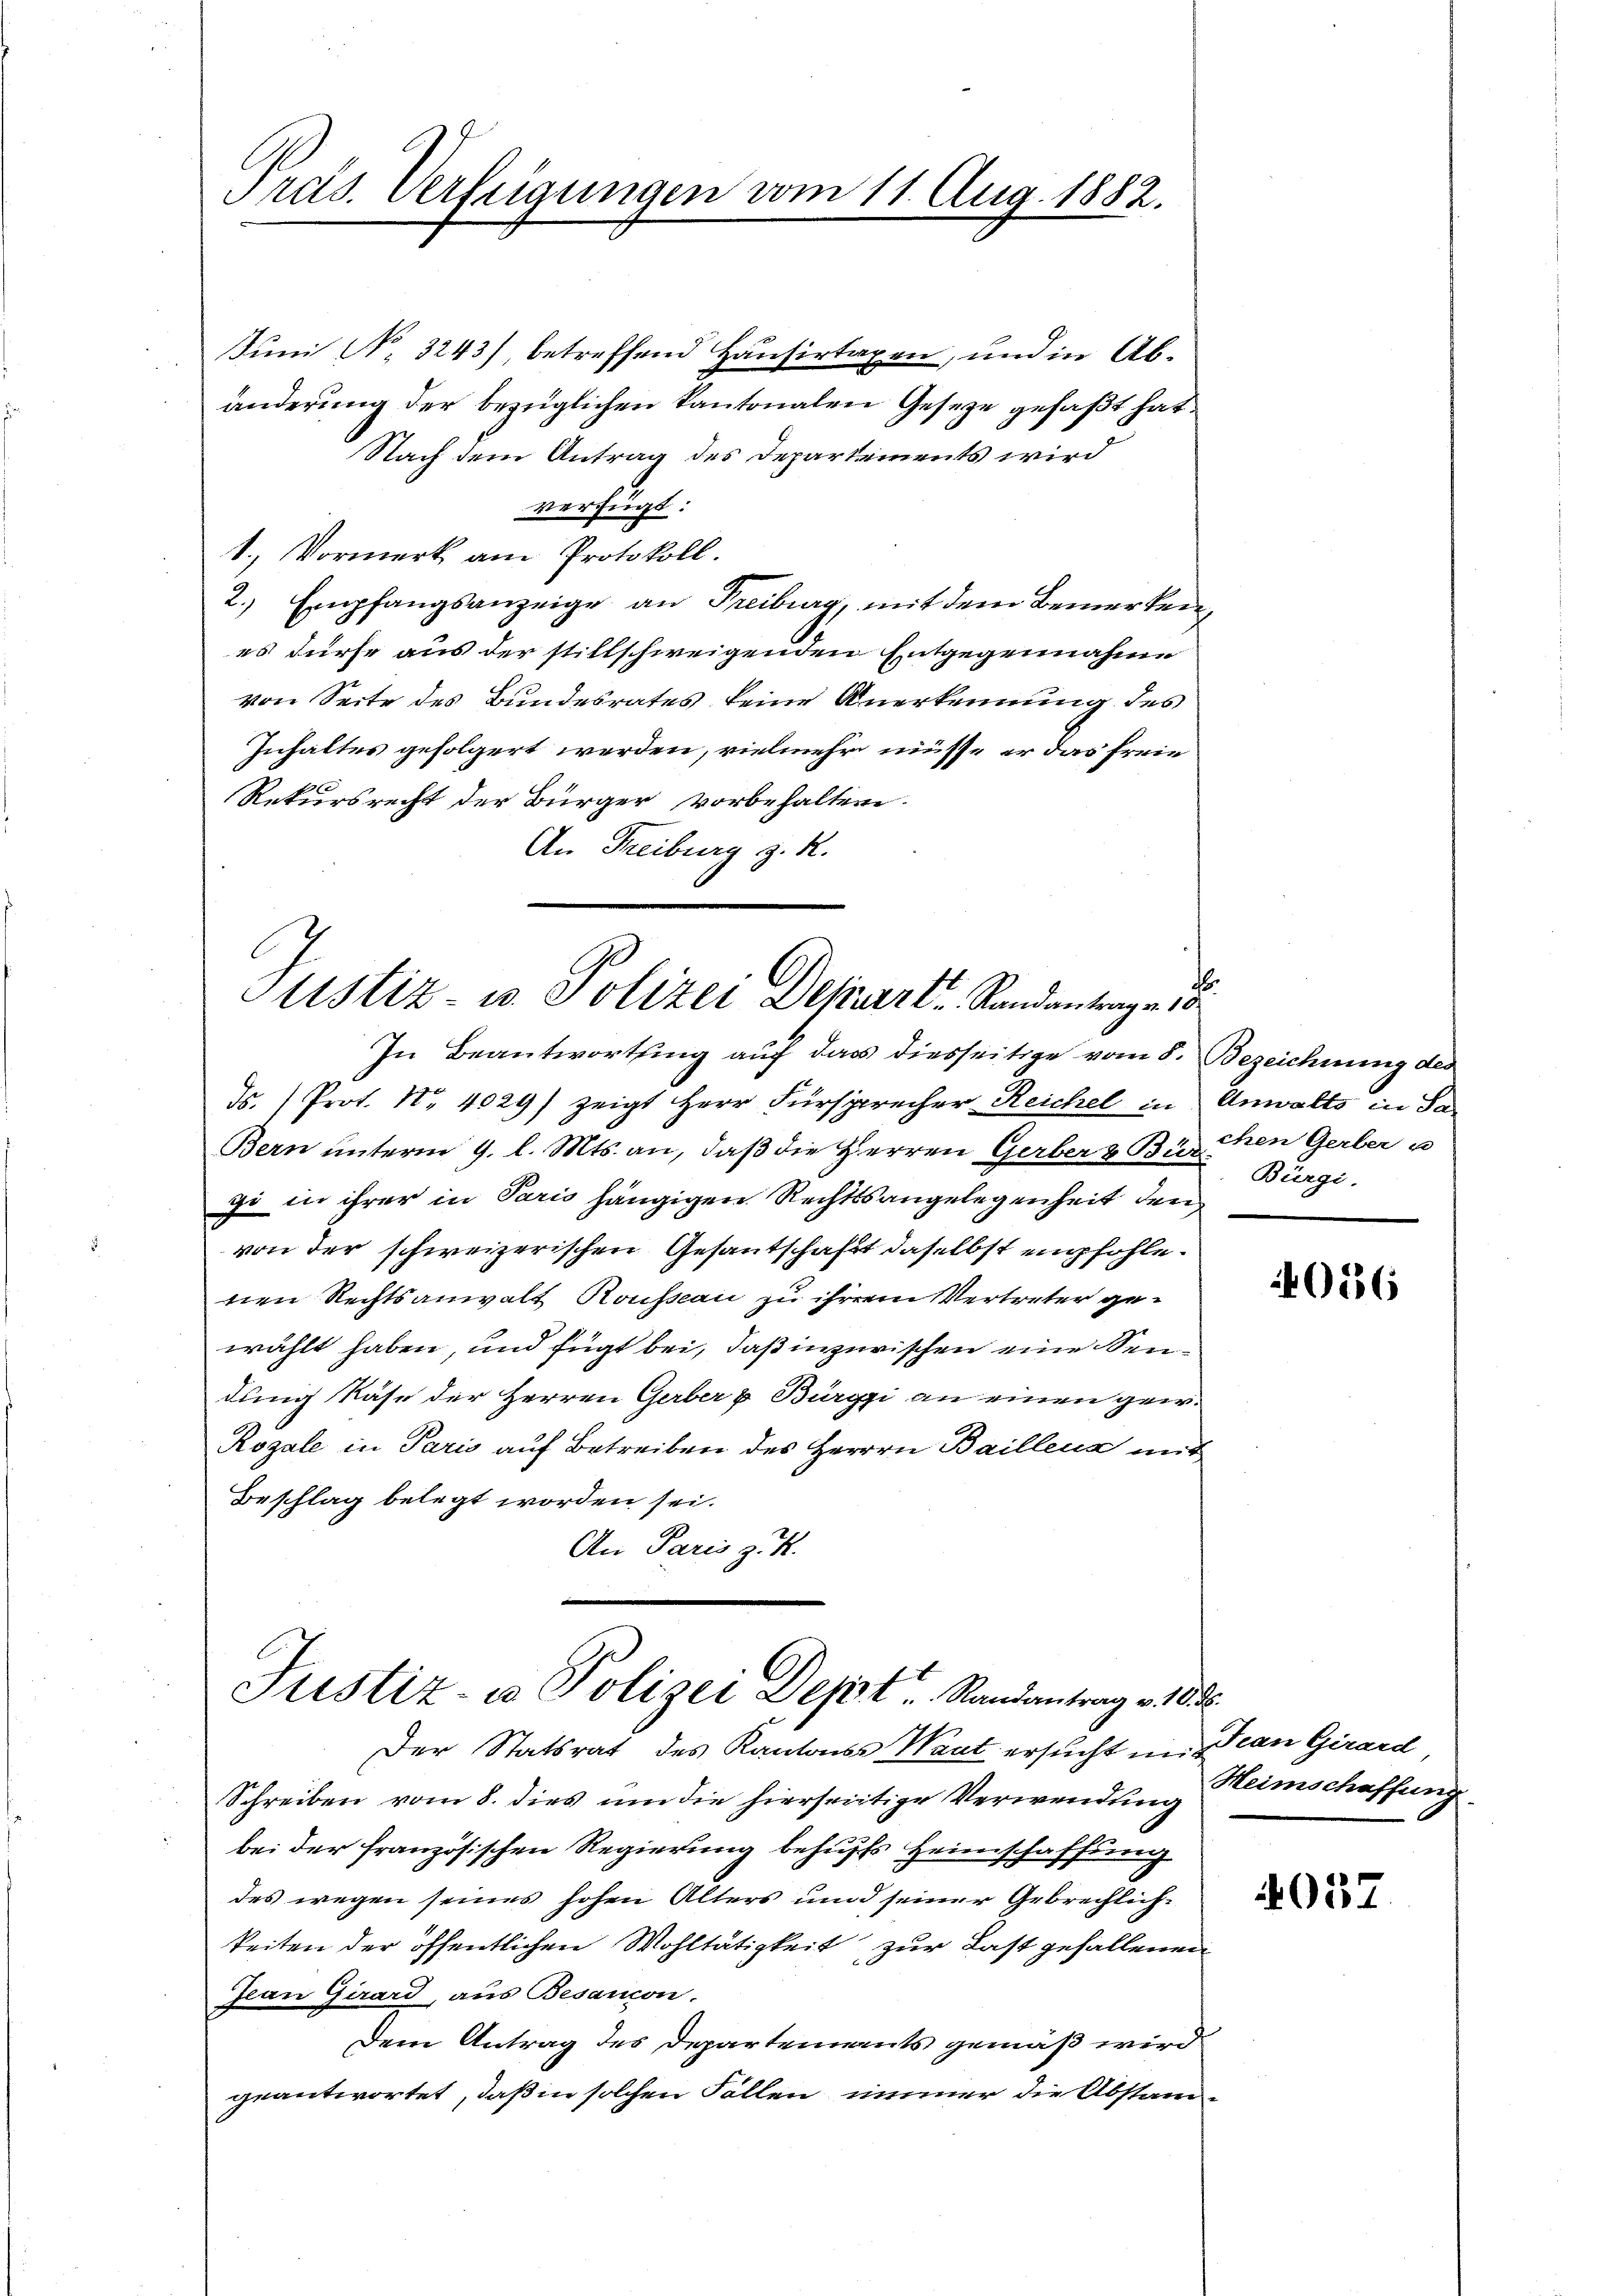
Präs. Verfügungen vom 11. Aug. 1882.

Juni N. 3243) betreffend Hausirtaxen, und in Abänderung der bezüglichen Kantonalen Gesetze gefaßt hat.
Nach dem Antrag des Departements wird
verfügt:
1. Vormerk am Protokoll.
2., Empfangsanzeige an Freiburg, mit dem Bemerken,
es dürfe aus der stillschweigenden Entgegennahme
von Seite des Bundesrates keine Anerkennung des
Inhaltes gefolgert werden, vielmehr müsse er das freie
Rekursrecht der Bürger vorbehalten.
An Freiburg z. R.

Justiz- u. Polizei Depart Randantrage
In Beantwortung auf das diesseitige vom 8. Bezeichnung des

Justiz- u Polizei Dept. Randantrag v. 188

ds. Prot. Nr. 4029) zeigt Herr Fürsprecher Reichel in
Bern unterm 9. l. Mts. an, daß die Herren Gerber & Bürchen Gerber u
zi in ihrer in Paris hängigen Rechtsangelegenheit den
von der schweizerischen Gesantschaft daselbst empfohle.
nen Rechtsanwalt Rousseau zu ihrem Vertreter gewählt haben, und fügt bei, daß inzurischen eine Sendung Käse der Herren Gerber & Bürgi an einen gew
Royale in Paris auf Betreiben des Herrrn Baillens mit
Beschlag belegt worden sei.
An Paris z. K.

Anwalts in Sa
Bürgi.

Der Statsrat des Kantons Waat ersucht und an Girard
Schreiben vom 8. dies um die hierseitige Verwendung
bei der französischen Regierung behufs Heimschaffung
des wegen seines hohen Alters und seiner Gebrechlichkeiten der öffentlichen Wohltätigkeit zur Last gefallenen
Jean Girard, aus Besanon.
Dem Antrag des Departements gemäß wird
geantwortet, daß in solchen Fällen, immer die Abstand-

056

Heimschaffung

4037